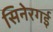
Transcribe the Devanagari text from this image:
सिनेरगई